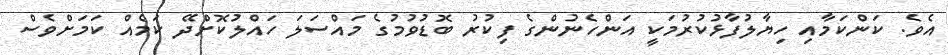
އެވެ. ކަންކަމާއި ހިޔާލުފާޅުކުރުމަކީ އަންހެނުންގެ ފިކުރު ބޮޑުވުމުގެ މައްސަލަ ހައްލުކޮށްދޭ ކަމެއް ކަމަށްވެސް